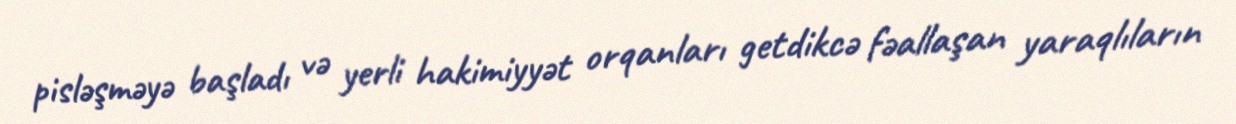
pisləşməyə başladı və yerli hakimiyyət orqanları getdikcə fəallaşan yaraqlıların